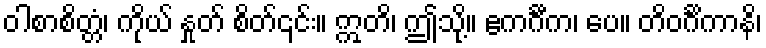
ဝါစာစိတ္တံ၊ ကိုယ် နှုတ် စိတ်၎င်း။ ဣတိ၊ ဤသို့။ ဧကင်္ဂီက၊ ပေ။ တိဝင်္ဂိကာနိ၊